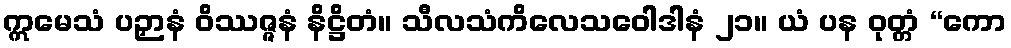
ဣမေသံ ပဉှာနံ ဝိဿဇ္ဇနံ နိဋ္ဌိတံ။ သီလသံကိလေသဝေါဒါနံ ၂၁။ ယံ ပန ဝုတ္တံ “ကော